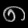
Digit: ၈